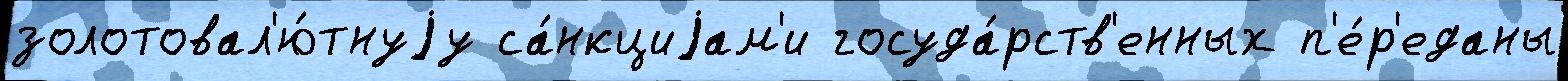
золотовал'ю́тнуjу са́нкциjам'и госуда́рств'енных п'е́р'еданы